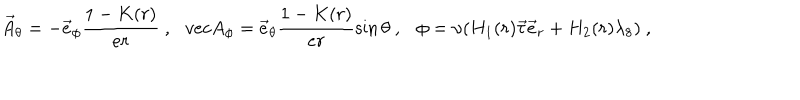
\vec { A } _ { \theta } = - \vec { e } _ { \phi } \frac { 1 - K ( r ) } { e r } \ , \ \ \, v e c A _ { \phi } = \vec { e } _ { \theta } \frac { 1 - K ( r ) } { e r } \sin \theta \ , \ \ \ \phi = \upsilon ( H _ { 1 } ( r ) \vec { \tau } \vec { e } _ { r } + H _ { 2 } ( r ) \lambda _ { 8 } ) \ ,